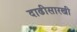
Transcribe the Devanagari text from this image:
दाढीसारखी